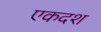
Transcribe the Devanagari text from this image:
एकदश